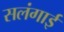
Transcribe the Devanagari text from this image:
सलंगाई